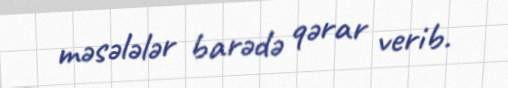
məsələlər barədə qərar verib.